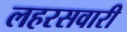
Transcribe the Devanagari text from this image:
लहरसवारी